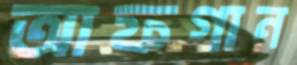
আফগান